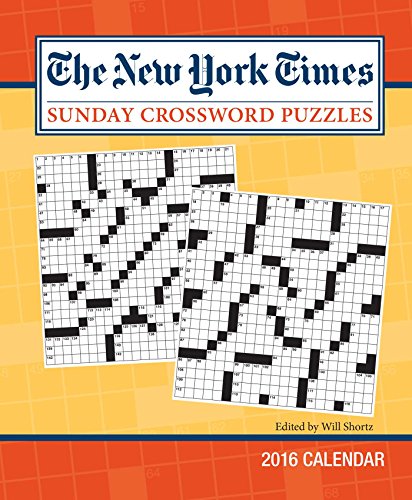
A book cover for The New York Times Sunday Crossword Puzzles 2016 Weekly Planner Calendar: Edited by Will Shortz; The New York Times; Calendars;